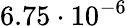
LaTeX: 6.75\cdot 10^{-6}